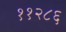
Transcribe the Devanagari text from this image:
११२८६